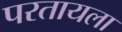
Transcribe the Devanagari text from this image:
परतायला